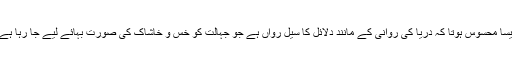
ایسا محسوس ہوتا کہ دریا کی روانی کے مانند دلائل کا سیل رواں ہے جو جہالت کو خس و خاشاک کی صورت بہائے لیے جا رہا ہے۔